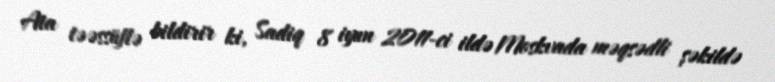
Ata təəssüflə bildirir ki, Sadiq 8 iyun 2011-ci ildə Moskvada məqsədli şəkildə